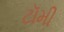
ટૉમી